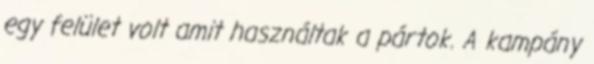
egy felület volt amit használtak a pártok. A kampány